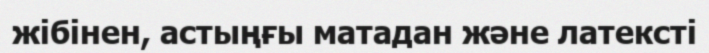
жібінен, астыңғы матадан және латексті